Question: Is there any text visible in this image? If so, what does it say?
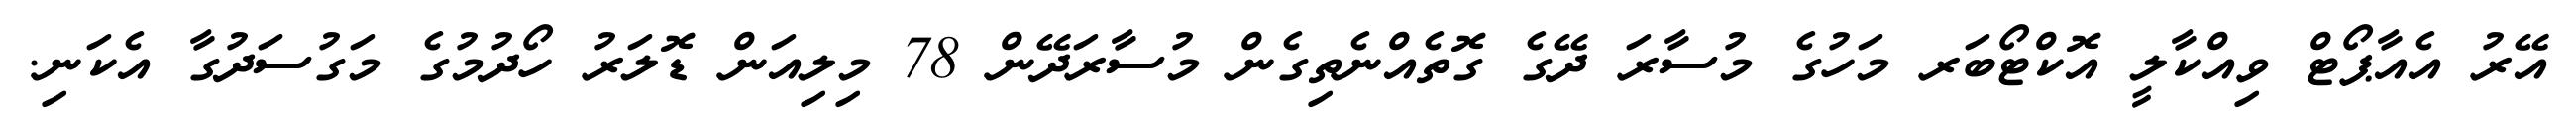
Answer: އޭރު އެއާޕޯޓް ވިއްކާލީ އޮކްޓޯބަރ މަހުގެ މުސާރަ ދޭގެ ގޮތެއްނެތިގެން މުސާރަދޭން 78 މިލިއަން ޑޮލަރު ހޯދުމުގެ މަގުސަދުގާ އެކަނި.